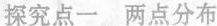
探究点一 两点分布